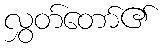
လွှတ်တော်၏